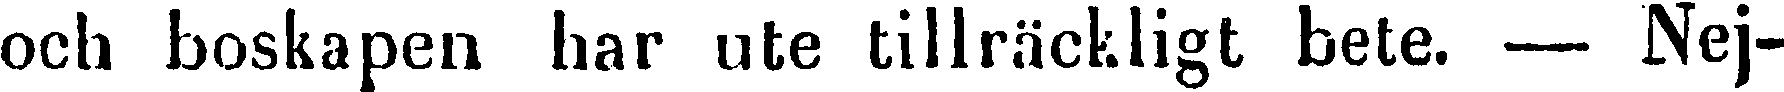
och boskapen har ute tillräckligt bete. -Nej-